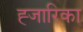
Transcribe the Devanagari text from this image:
ह्जारिका